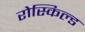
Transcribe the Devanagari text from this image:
रोस्किल्ड